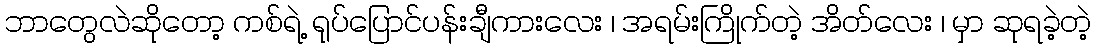
ဘာတွေလဲဆိုတော့ ကစ်ရဲ့ ရုပ်ပြောင်ပန်းချီကားလေး ၊ အရမ်းကြိုက်တဲ့ အိတ်လေး ၊ မှာ ဆုရခဲ့တဲ့